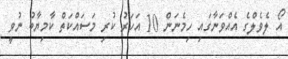
އޯ ލެވެލްގެ އެއްވަނާގައި ހިމެނަން 10 އަހަރު ކުރި މަސައްކަތް ކާމިޔާބު ނުވީ